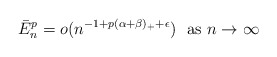
\begin{align*}\bar{E}_{n}^{p}=o(n^{-1+p(\alpha+\beta)_{+}+\epsilon})\ \ \mbox{as $n\to\infty$}\end{align*}